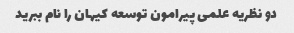
دو نظریه علمی پیرامون توسعه کیهان را نام ببرید